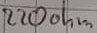
Text: 220ohm